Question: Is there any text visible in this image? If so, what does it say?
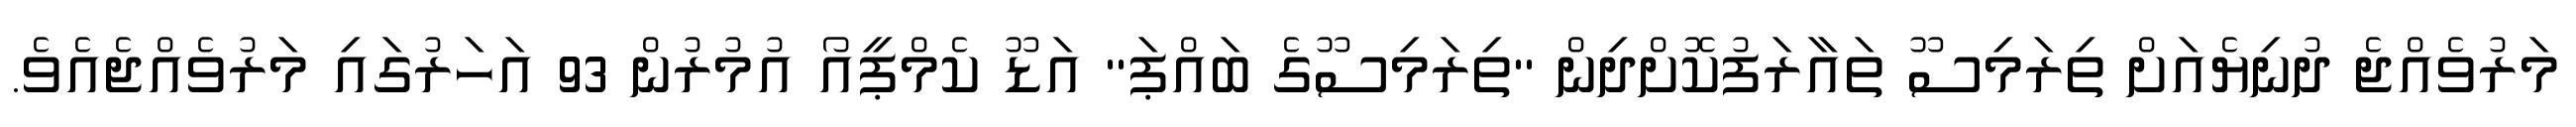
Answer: މަރުވެއްޖެ ދުނިޔެއަށް ތިރަމިސޫ ތައާރަފުކޮށްދިން ''ތިރަމިސޫގެ ބައްޕަ'' އަޑޫ ކެމްޕީއޯ އުމުރުން 93 އަހަރުގައި މަރުވެއްޖެއެވެ.